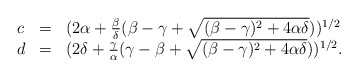
\begin{align*} \begin{array}{lll} c & = & (2\alpha + \frac{\beta}{\delta} (\beta-\gamma + \sqrt{(\beta-\gamma)^2 + 4 \alpha \delta}))^{1/2} \\ d & = & (2\delta + \frac{\gamma}{\alpha} (\gamma-\beta + \sqrt{(\beta-\gamma)^2 + 4 \alpha \delta}))^{1/2}. \end{array}\end{align*}